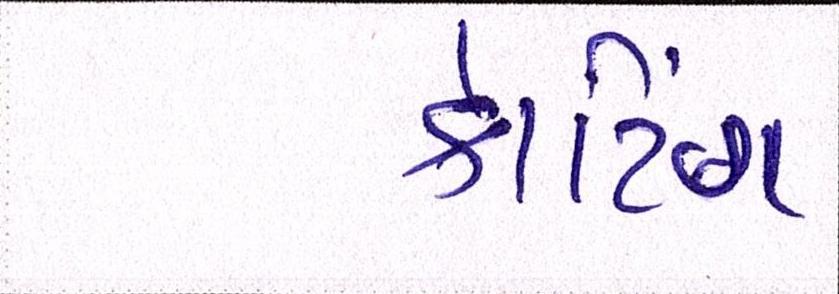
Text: કોટિંગ